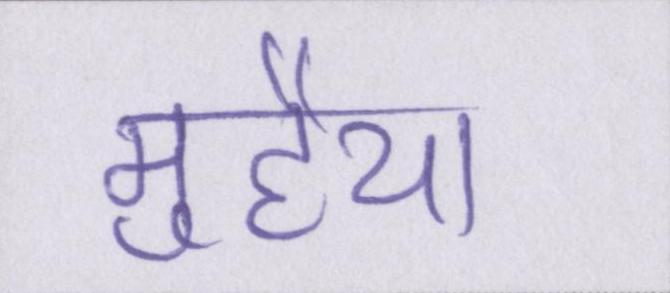
मुहैया